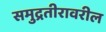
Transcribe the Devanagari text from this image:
समुद्रतीरावरील